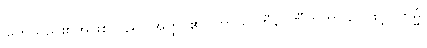
မြတ်သည်၏အဖြစ်သည်။ အတ္ထိ၊ ၏။ တာယ ဟီနပဏီတတာယ၊ ဖြင့်။ ကမ္မံ၊